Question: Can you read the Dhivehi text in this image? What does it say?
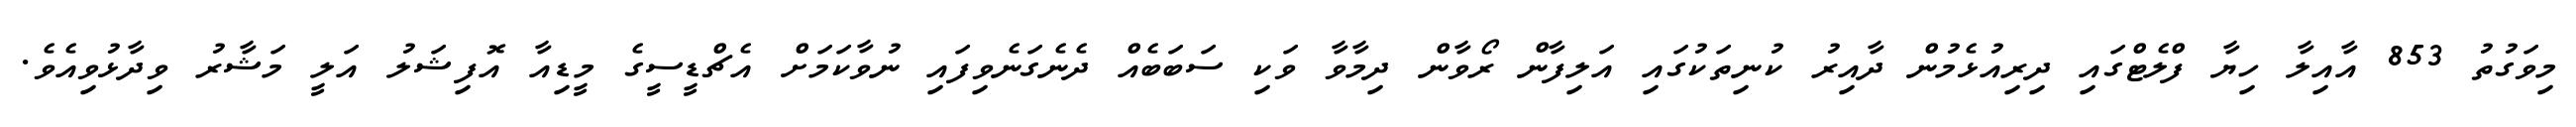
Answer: މިވަގުތު 853 އާއިލާ ހިޔާ ފްލެޓްގައި ދިރިއުޅެމުން ދާއިރު ކުނިތަކުގައި އަލިފާން ރޯވާން ދިމާވާ ވަކި ސަބަބެއް ދެނެގަނެވިފައި ނުވާކަމަށް އެޗްޑީސީގެ މީޑިއާ އޮފިޝަލު އަލީ މަޝާރު ވިދާޅުވިއެވެ.